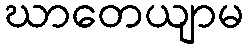
ဃာတေယျာမ